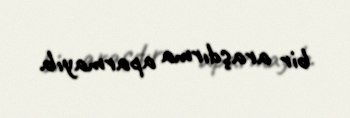
bir araşdırma aparmayıb.